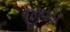
જીવડો